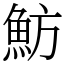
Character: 魴